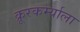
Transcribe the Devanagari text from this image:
क्रूरकर्म्याला